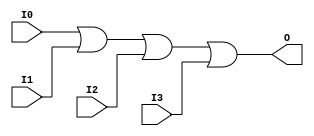
module OR4 (O, I0, I1, I2, I3);

    output O;

    input  I0, I1, I2, I3;

    or O1 (O, I0, I1, I2, I3);


endmodule